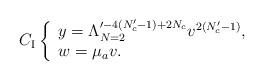
LaTeX: \begin{align*}C_{{\rm I}}\left\{ \begin{array}{l} y=\Lambda_{N=2}^{\prime -4(N_c'-1)+2N_c}v^{2(N_c'-1)}, \\ w=\mu_a v. \end{array} \right.\end{align*}